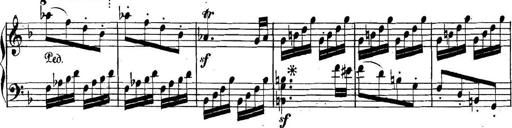
Title: Collected Piano Sonatas
Composer: Muzio Clementi